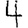
Digit: 4